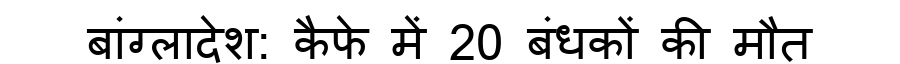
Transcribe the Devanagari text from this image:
बांग्लादेश: कैफे में 20 बंधकों की मौत